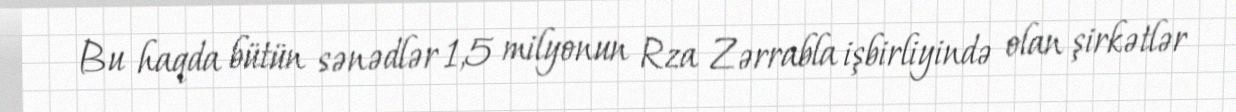
Bu haqda bütün sənədlər 1,5 milyonun Rza Zərrabla işbirliyində olan şirkətlər